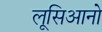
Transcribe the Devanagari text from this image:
लूसिआनो